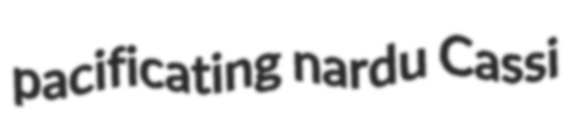
pacificating nardu Cassi